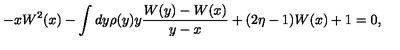
- x W ^ { 2 } ( x ) - \int d y \rho ( y ) y \frac { W ( y ) - W ( x ) } { y - x } + ( 2 \eta - 1 ) W ( x ) + 1 = 0 ,